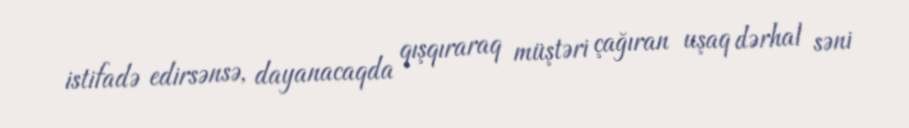
istifadə edirsənsə, dayanacaqda qışqıraraq müştəri çağıran uşaq dərhal səni